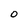
Character: 0